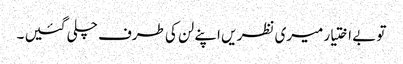
تو بے اختیار میری نظر یں اپنے لن کی طرف چلی گئیں ۔